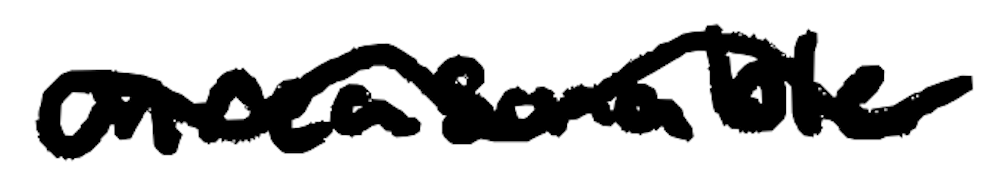
Text: unreasonable
Cross-out: wave
Writing tool: digital_black